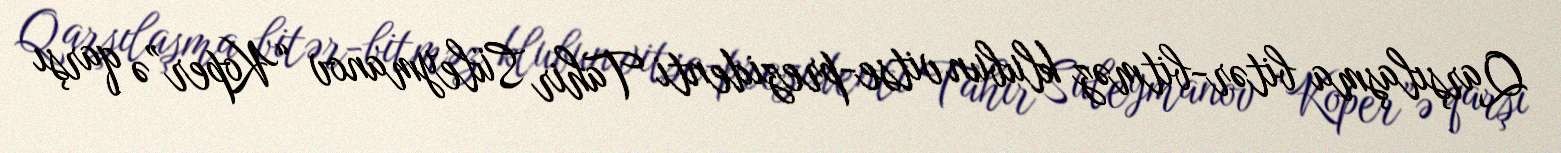
Qarşılaşma bitər-bitməz klubun vitse-prezidenti Tahir Süleymanov “Koper”ə qarşı